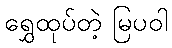
ရွှေထုပ်တဲ့ မြပဝါ